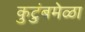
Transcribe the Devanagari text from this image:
कुटुंबमेळा